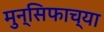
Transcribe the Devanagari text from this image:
मुन्सिफाच्या